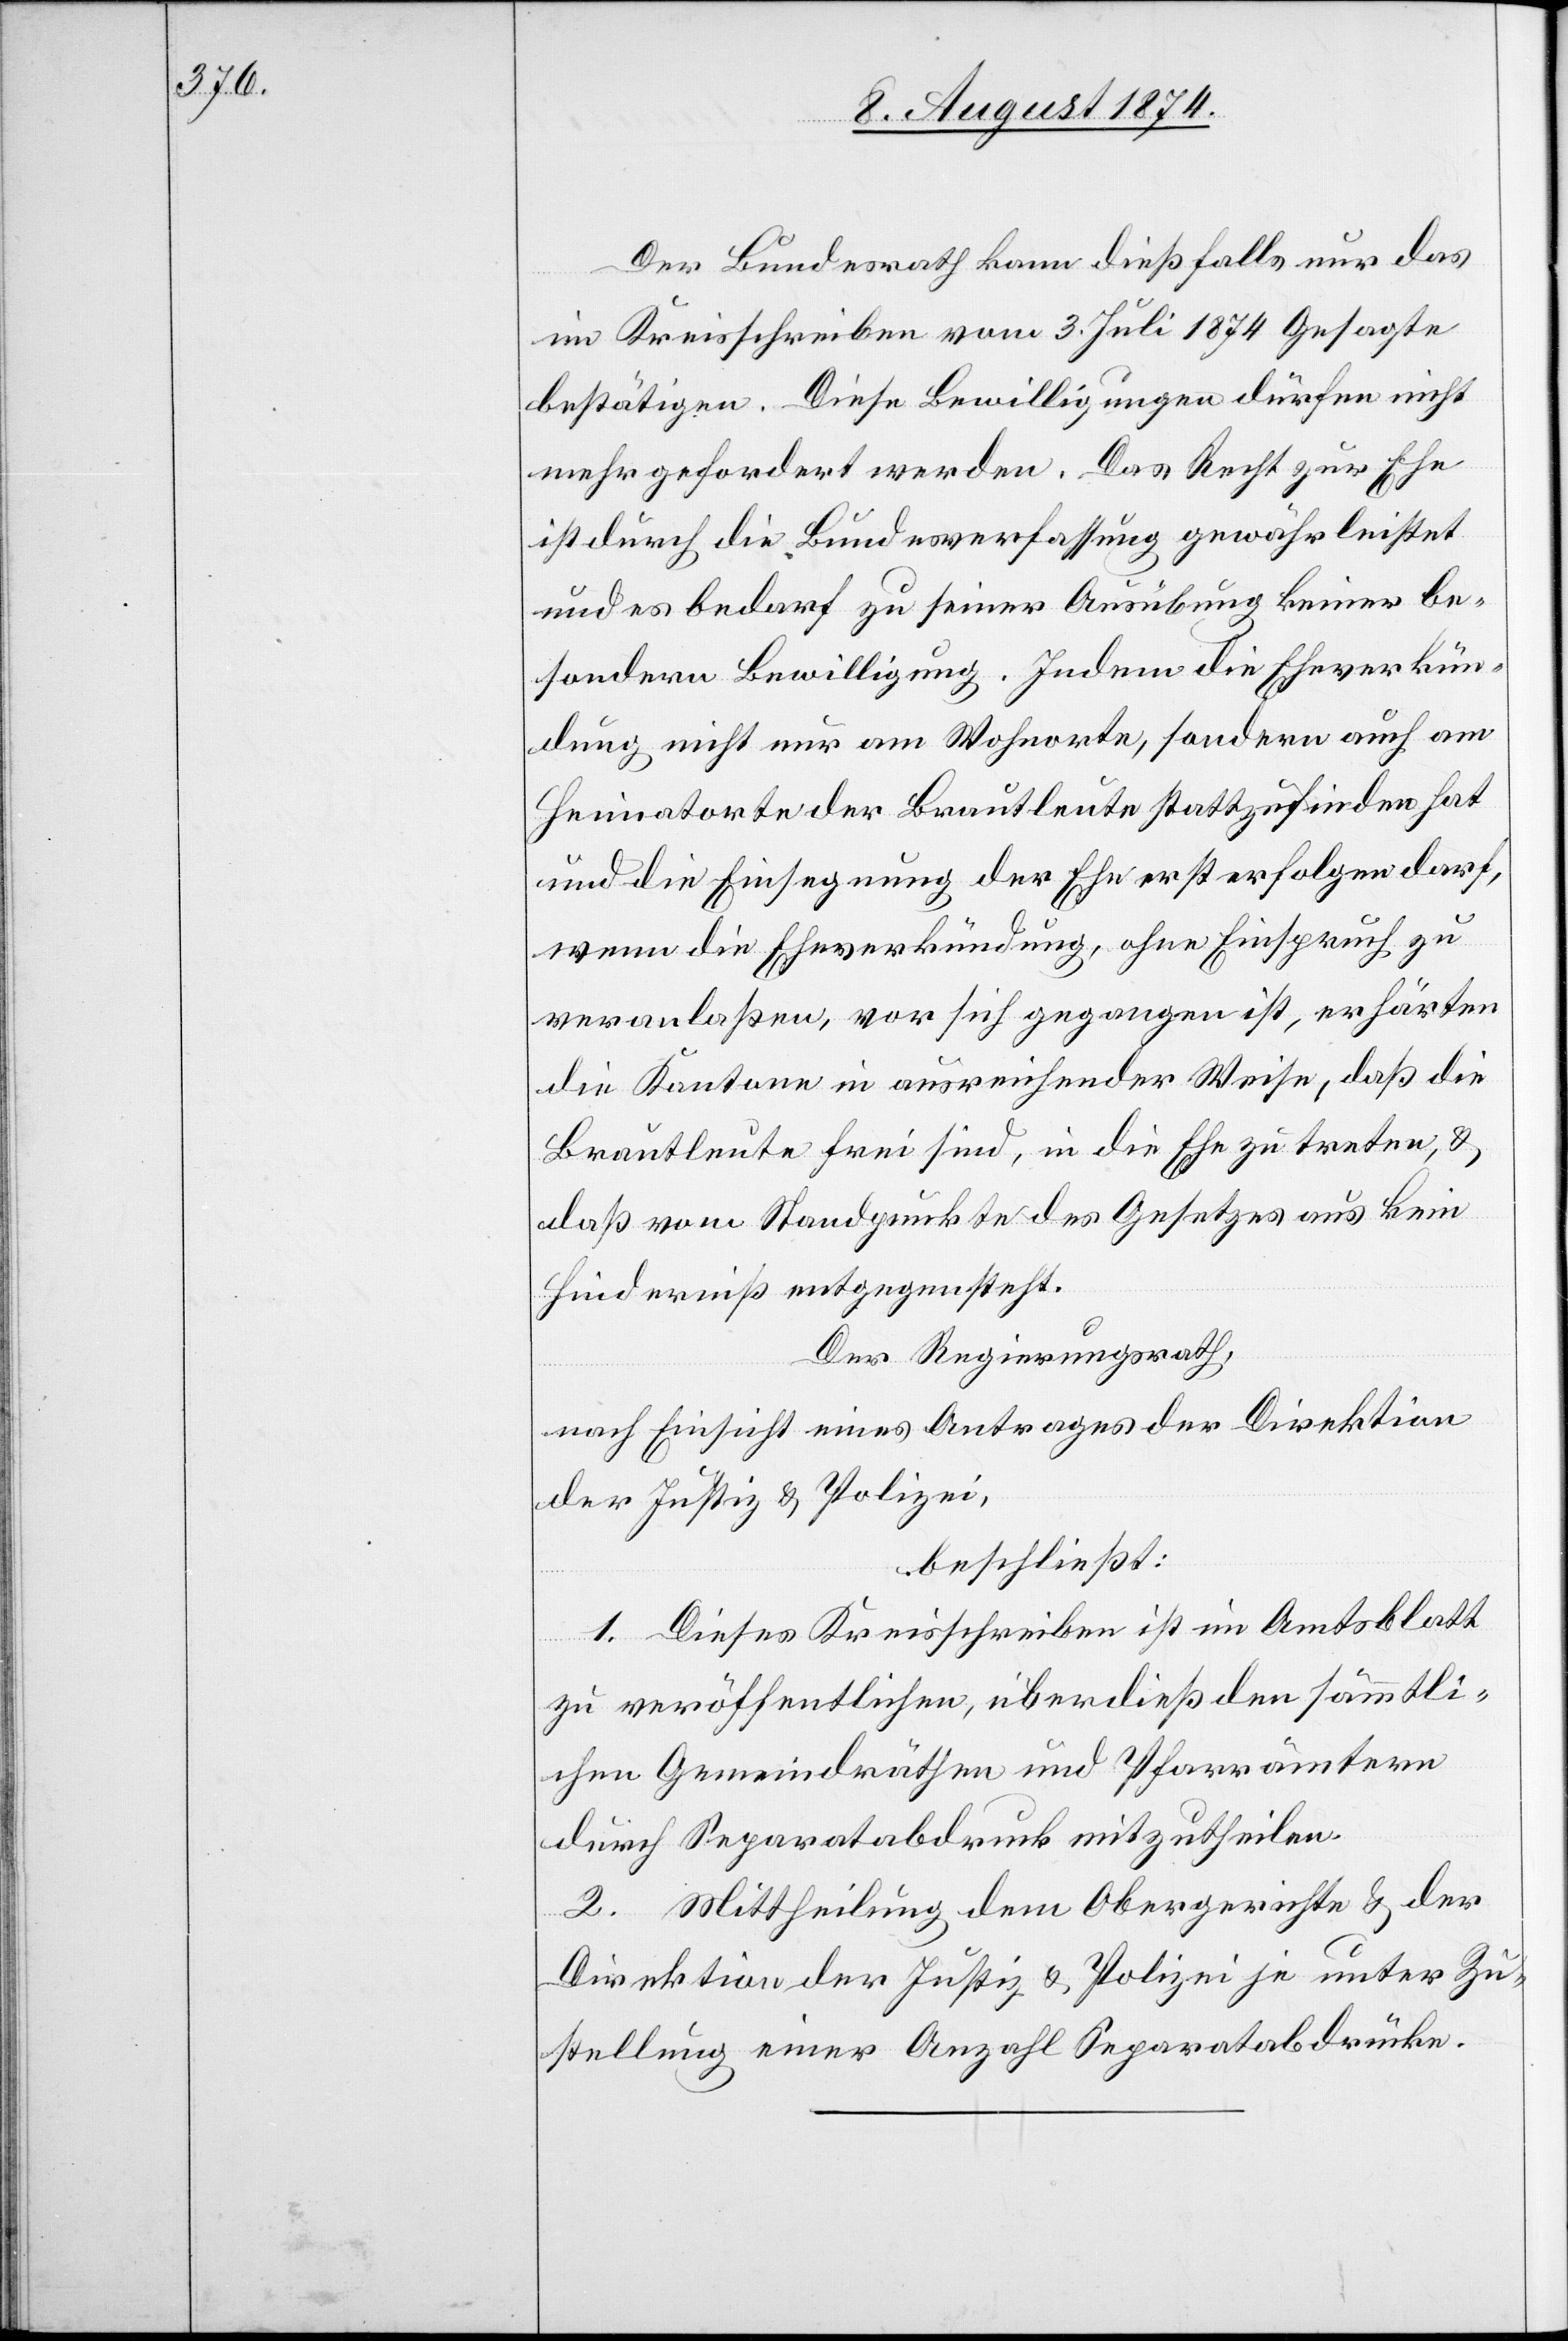
Der Bundesrath kann dießfalls nur das
im Kreisschreiben vom 3. Juli 1874 Gesagte
bestätigen. Diese Bewilligungen dürfen nicht
mehr gefordert werden. Das Recht zur Ehe
ist durch die Bundesverfassung gewährleistet
und es bedarf zu seiner Ausübung keiner be¬
sondern Bewilligung. Indem die Eheverkün¬
dung nicht nur am Wohnorte, sondern auch am
Heimatorte der Brautleute stattzufinden hat
und die Einsegnung der Ehe erst erfolgen darf,
wenn die Eheverkündung, ohne Einspruch zu
veranlaßen, vor sich gegangen ist, erhärten
die Kantone in ausreichender Weise, daß die
Brautleute frei sind, in die Ehe zu treten, u.
daß vom Standpunkte des Gesetzes aus kein
Hinderniß entgegensteht.
Der Regierungsrath,
nach Einsicht eines Antrages der Direktion
der Justiz- u. Polizei,
beschließt:
1. Dieses Kreisschreiben ist im Amtsblatt
zu veröffentlichen, überdieß den sämmtli¬
chen Gemeindräthen und Pfarrämtern
durch Separatabdruck mitzutheilen.
2. Mittheilung dem Obergerichte u. der
Direktion der Justiz u. Polizei je unter Zu¬
stellung einer Anzahl Separatabdrücke.